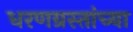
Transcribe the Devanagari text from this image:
धरणग्रस्तांच्या